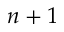
n + 1